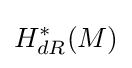
H_{dR}^{*}(M)